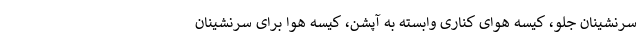
سرنشینان جلو، کیسه هوای کناری وابسته به آپشن، کیسه هوا برای سرنشینان